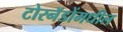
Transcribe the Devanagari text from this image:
टोरनॅडोंमधील